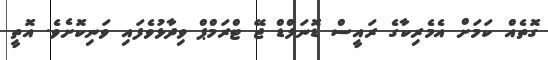
ގޮތެއް ކަމަށް އެމެރިކާގެ ރައީސް ޑޮނަލްޑް ޖޭ ޓްރަމްޕް ވިދާޅުވެފައި ވަނިކޮށެެވެ. އޮތީ